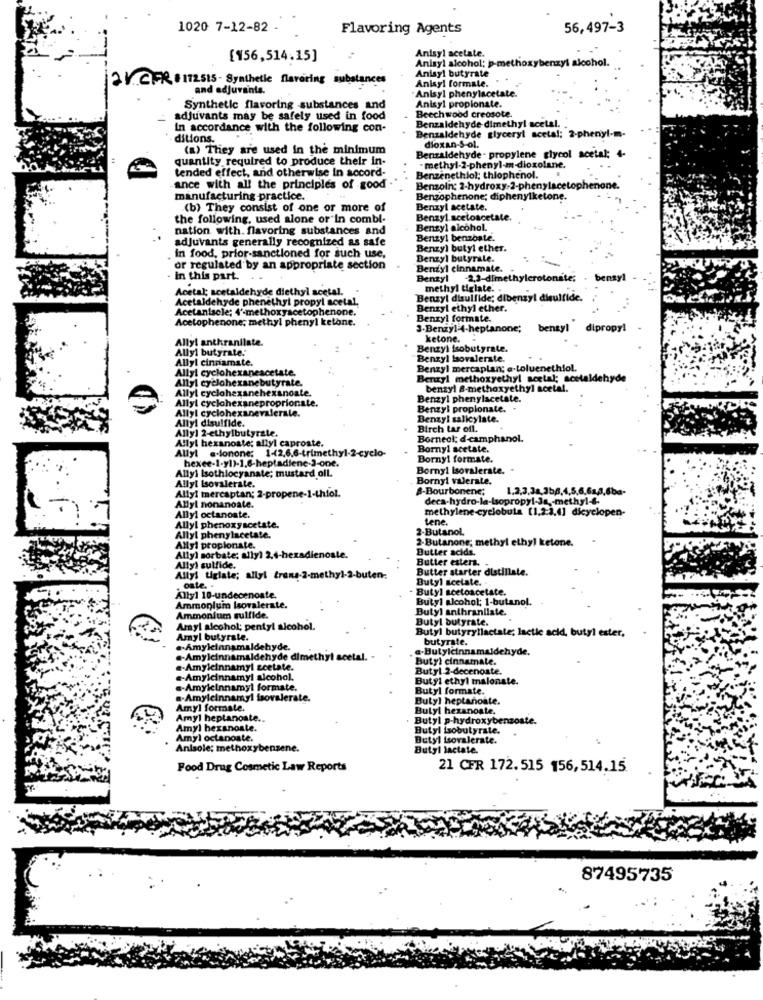
1020 7-12-82 -
Flavoring Agents
56,497-3
[156,514.15]
Anisyl acetate.
Anisyl alcohol; p-methoxybenzyl alcohol.
Anisy! butyrate
jarFR : 172 515 - Synthetic flavoring substances
and adjuvants.
-Anisyl phenylacetate.
Anisyl formale.
Synthetic flavoring -substances and
Anisyl propionate.
adjuvants may be safely used in food
Beechwood creosote.
Benzaldehyde-dimethyl acetal.
In accordance with the following con-
Benzaldehyde glyceryl acetal; 2-phenyl-m-
ditions.
(a) They are used in the minimum
dioxan-S-ol.
quantity required to produce their in-
Benzaldehyde - propylene glycol acetal: 4-
tended effect, and otherwise in accord-
- methyl-2-phenyl-m-dioxolane.
Benzenethiol; thiophenol.
ance with all the principles of good .
Benzoin; 2-hydroxy-2-phenylac
manufacturing practice.
Benzophenone; diphenylk
(b) They consist of one or more of
Benzyl acetate.
the following, used alone or In combl-
Benzyl scetoacetate.
nation with. flavoring substances and
Benzyl alcohol.
adjuvants generally recognized as safe
Benzyl benzoate.
Benzyl butyl ether.
in food, prior-sanctioned for such use,
Benzyl butyrate.
or regulated by an appropriate section
Benzyl cinnamate.
In this part. . .
Benzyl
-2,3-dimethylcrotonite;
bentyl
Acetal; scetaldehyde diethyl scetal.
methyl tiglate ..
Acetaldehyde phenethyl propyl acetal,
Benzyl disulfide; dibenzyl disulfide.
Acetaniscle; 4'-methoxyacetophenone.
Benzyl ethyl ether.
Acetophenone; methyl phenyl ketone.
Benzyl formate.
3-Benzyl 4-heptanone;
benzyl
dipropy!
Ally! anthranilate.
ketone.
Benzyl isobutyrate.
Allyl butyrate .;
Allyl cinnamate.
Benzyl isovalerste.
Allyl cyclohexaneacetate.
Benzyl mercaplan; e-toluenethiol.
Allyl cyclohexanebutyrate.
Benzyl methoxyethyl acetal; acctaldehyde
Allyl cyclohexanehexanoate.
benzyl &-methoxyethyl acetal.
Allyl cyclohexaneproprionate.
Benzyl phenylacetate.
Ally! cyclohexanevalerale.
Benzyl propionate.
Allyl disulfide.
Benzyl salicylate.
Ally] 2-ethylbutyrate.
Birch tar off.
Allyl hexanoate: allyl caproste.
Borneol; d-camphanol.
Ally! a-lonone; 1-(2,6,6-trimethyl-2-cyclo-
Bornyl acetate.
hexee-1-91)-1.6-heptadiene-3-one.
Borny1 formate.
Bornyl Isoralerate.
Ally1 Isothiocyanate; mustard oll.
Allyl Isovalerste.
Borny! valerate.
Allyl mercaptan; 2-propene-1-thiol.
8-Bourbonene;
deca-hydro-la-Isopropyl-Ja ,- methyl-&-
Allyl nonanoate.
methylene-cyclobuta [1.2:3.4] dicyclopen-
Allyl octanoste.
Lene.
Allyl phenoxyacetate.
2-Butanol.
Allyl phenylacetate.
2-Butanone; methyl ethyl ketone.
Allyl propionate.
Butter acids.
Ally' sulfide.
Ally'l sorbate; ally) 2.4-hex
le
Butter esters.
Butter starter distillate.
Allys tiglate; allyl trans-2-methyl-2-buten-
Butyl acetate. .
oste. .
Butyl acetoacetate.
Ally1 10-undecenoste.
Butyl alcohol; 1-butanol.
Ammonium Isovalerate.
Butyl anthranilate.
Ammonium sulfide.
Butyl butyrate.
Amyl alcohol; pentyl alcohol.
Butyl butyryllactate; lactic acid, butyl ester,
Amyl butyrate.
butyrate.
.- Amylcinnamaldehyde.
a-Butylcinnamaldehyde.
-Amylcinnamaldehyde dimethyl scetal. -
Butyl cinnamate.
.- Amyleinnamyl acetate.
Butyl 2-decenoste.
.- Amylcinnamyl alcohol.
Butyl ethyl malonate.
.- Amylcinnamyl formate.
Butyl formate.
.- Amylcinnamyl isovalerate.
Butyl heptanoate.
Amyl formate.
Butyl hexanoate.
Amyl heptanoste ..
Butyl p-hydroxybenzos
Amyl hexanoate.
Butyl isobutyrate.
Amyl octanoste.
Butyl Isovalerate.
Anlsole: methoxybenzene.
Butyl lactate.
Food Drug Cosmetic Law Reports
21 CFR 172.515 156,514.15
87495735